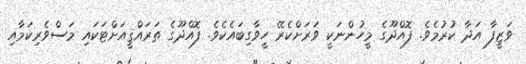
ވަޒީފާ އަދާ ކުރުމެވެ. ފޮއްދޫގެ މީހުންނަކީ ވަރަށްކެރޭ ހީވާގިބައެކެވެ. ފޮއްދޫގެ ތަރައްޤީއަށްޓަކައި މަސްވެރިކަމާއި